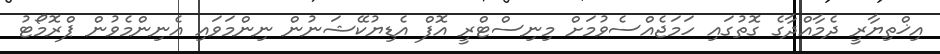
އިޚްތިޔާރީ ދެމާއްދާގެ ގޮތުގައި ހަމަޖެއްސެވުމަށް މިނިސްޓްރީ އޮފް އެޑިޔުކޭޝަނުން ނިންމަވައި އެނިންމެވުން ޕްރޮމޯޓު